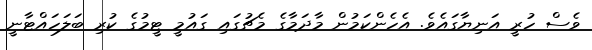
ވެސް ހުރީ އަނިޔާގައެވެ. އެހެންކަމުން މާދަމާގެ މެޗުގައި ގައުމީ ޓީމުގެ ކުރި ބަލަހައްޓާނީ